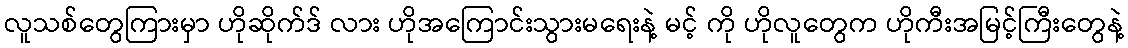
လူသစ်တွေကြားမှာ ဟိုဆိုက်ဒ် လား ဟိုအကြောင်းသွားမရေးနဲ့ မင့် ကို ဟိုလူတွေက ဟိုကီးအမြင့်ကြီးတွေနဲ့